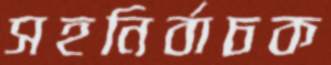
সহনির্বাচক